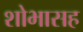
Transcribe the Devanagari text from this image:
शोभासह